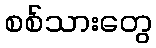
စစ်သားတွေ